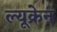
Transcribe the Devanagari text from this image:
ल्यूक्रेन